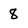
Character: 8